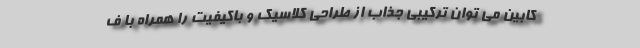
کابین می توان ترکیبی جذاب از طراحی کلاسیک و باکیفیت را همراه با ف